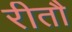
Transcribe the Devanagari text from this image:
रीतौ